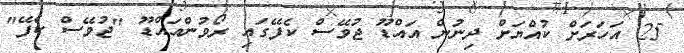
25 އަހަރަށް ކުއްޔަށް ދިނުން އައްޑޫ ޖުވޭސް ކެފޭގައި ރޯވުންއައްޑޫ "ޖުވޭސް ކެފޭ"